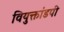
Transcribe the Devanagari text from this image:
वियुक्तांडपी